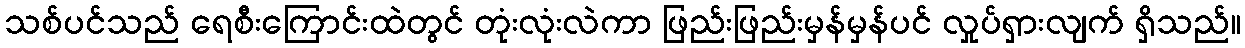
သစ်ပင်သည် ရေစီးကြောင်းထဲတွင် တုံးလုံးလဲကာ ဖြည်းဖြည်းမှန်မှန်ပင် လှုပ်ရှားလျက် ရှိသည်။